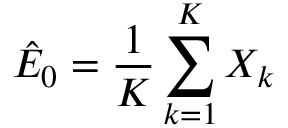
\hat { E } _ { 0 } = \frac { 1 } { K } \sum _ { k = 1 } ^ { K } X _ { k }